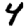
Digit: 4